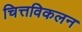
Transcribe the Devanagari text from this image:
चित्तविकलन